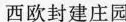
西欧封建庄园